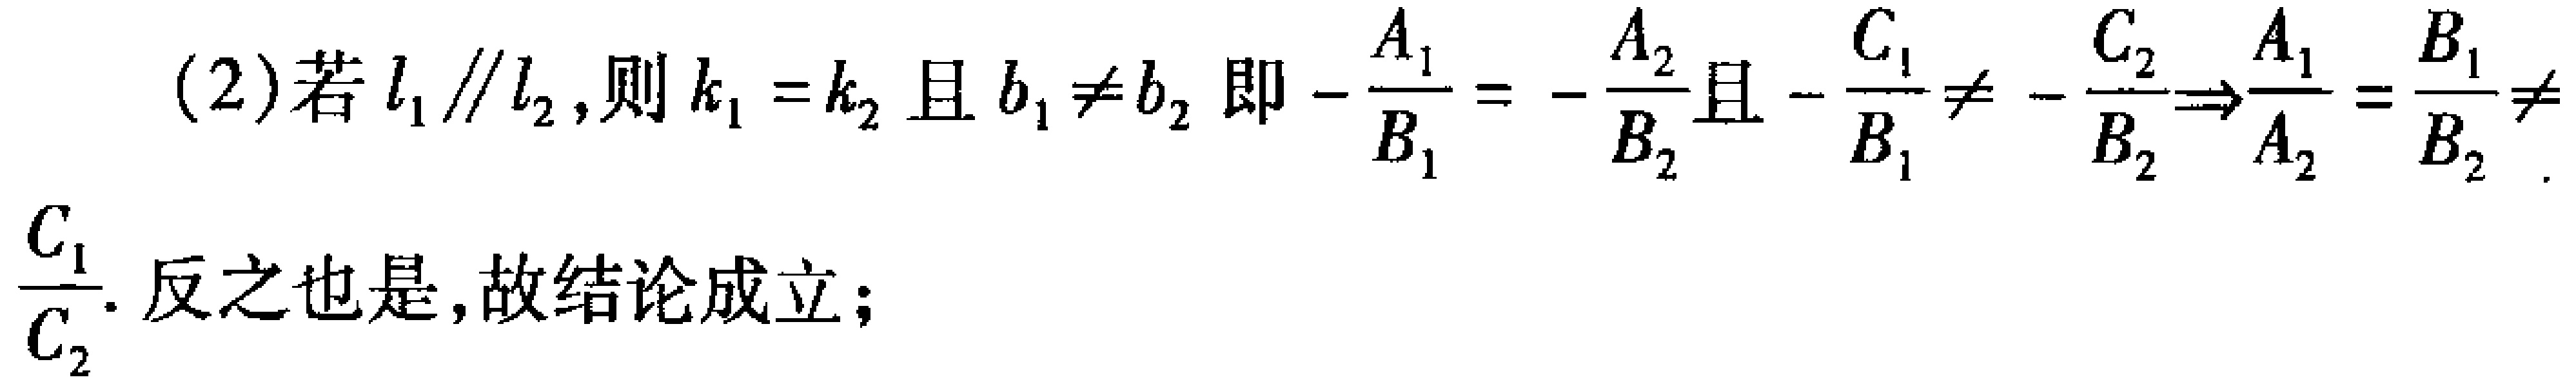
(2)若 \(l_{1}\parallel l_{2}\)，则 \(k_{1}=k_{2}\)且 \(b_{1}\neq b_{2}\)即 \(-\frac{A_{1}}{B_{1}} = -\frac{A_{2}}{B_{2}}\)且 \(-\frac{C_{1}}{B_{1}}\neq -\frac{C_{2}}{B_{2}}\Rightarrow\frac{A_{1}}{A_{2}}=\frac{B_{1}}{B_{2}}\neq\frac{C_{1}}{C_{2}}\). 反之也是,故结论成立；